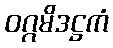
ဝဂ္ဂမိဒဋ္ဌကံ